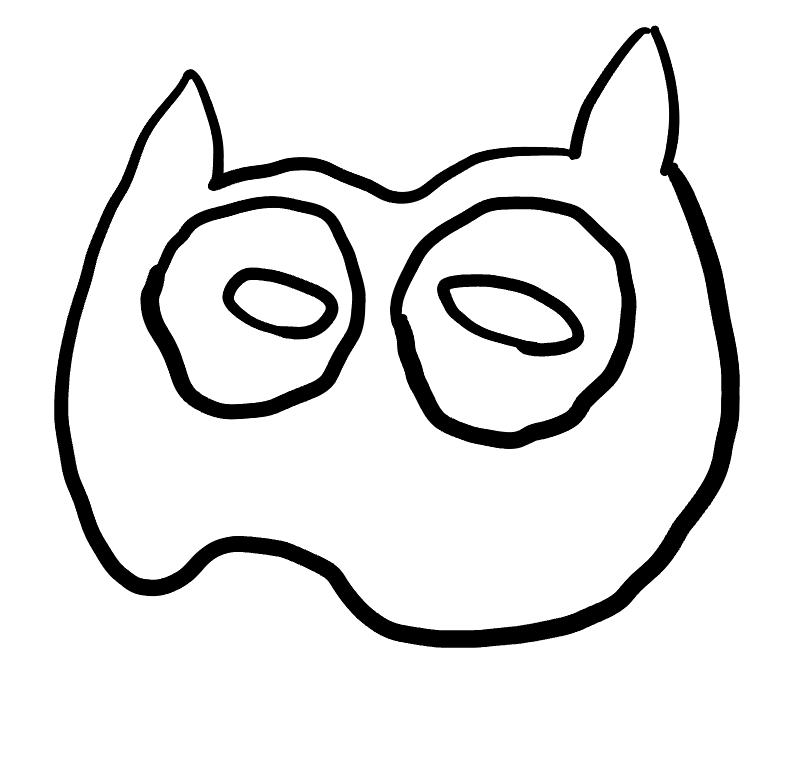
Number of regions (including the outer root region): 6
Containment tree edges (parent, child): 0, 1, 1, 2, 1, 4, 2, 3, 4, 5